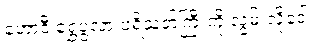
ဟောဒီ ရွှေပွဲလာ ပရိသတ်ကြီးကို လွမ်းလို့ဒေါ့